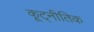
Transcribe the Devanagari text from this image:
कूट्नीतिक